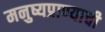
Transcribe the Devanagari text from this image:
मनुष्यप्राण्याची